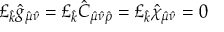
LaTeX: \pounds _ { \hat { k } } \hat { g } _ { \hat { \mu } \hat { \nu } } = \pounds _ { \hat { k } } \hat { C } _ { \hat { \mu } \hat { \nu } \hat { \rho } } = \pounds _ { \hat { k } } \hat { \chi } _ { \hat { \mu } \hat { \nu } } = 0